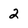
Character: 2